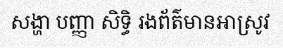
សង្ហា បញ្ញា សិទ្ធិ រងព័ត៌មានអាស្រូវ